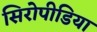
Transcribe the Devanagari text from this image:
सिरोपीडिया